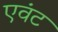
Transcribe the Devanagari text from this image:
एवंट